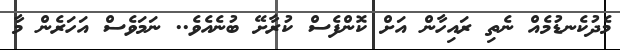
މެދުކެނޑުމެއް ނެތި ރައިހާން އަށް ކޮންފެސް ކުރާށޭ ބުނެއެވެ.. ނަމަވެސް އަހަރެން މާ